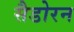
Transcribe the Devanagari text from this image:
सैडोरन